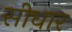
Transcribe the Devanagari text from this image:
सीधार